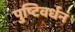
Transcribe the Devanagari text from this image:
पुष्टिवर्धनं